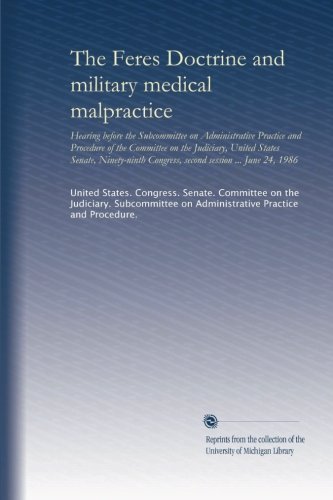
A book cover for The Feres Doctrine and military medical malpractice: Hearing before the Subcommittee on Administrative Practice and Procedure of the Committee on the ... Congress, second session ... June 24, 1986; United States. Congress. Senate. Committee on the Judiciary. Subcommittee on Administrative Practice and Procedure.; Medical Books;